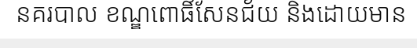
នគរបាល ខណ្ឌពោធិ៍សែនជ័យ និងដោយមាន